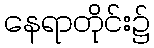
နေရာတိုင်း၌